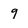
Character: 9